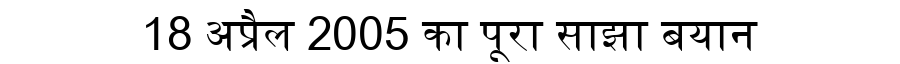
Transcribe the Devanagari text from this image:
18 अप्रैल 2005 का पूरा साझा बयान